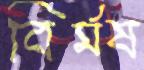
বির্মষ